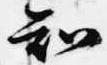
知